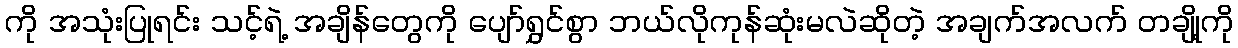
ကို အသုံးပြုရင်း သင့်ရဲ့ အချိန်တွေကို ပျော်ရွှင်စွာ ဘယ်လိုကုန်ဆုံးမလဲဆိုတဲ့ အချက်အလက် တချို့ကို